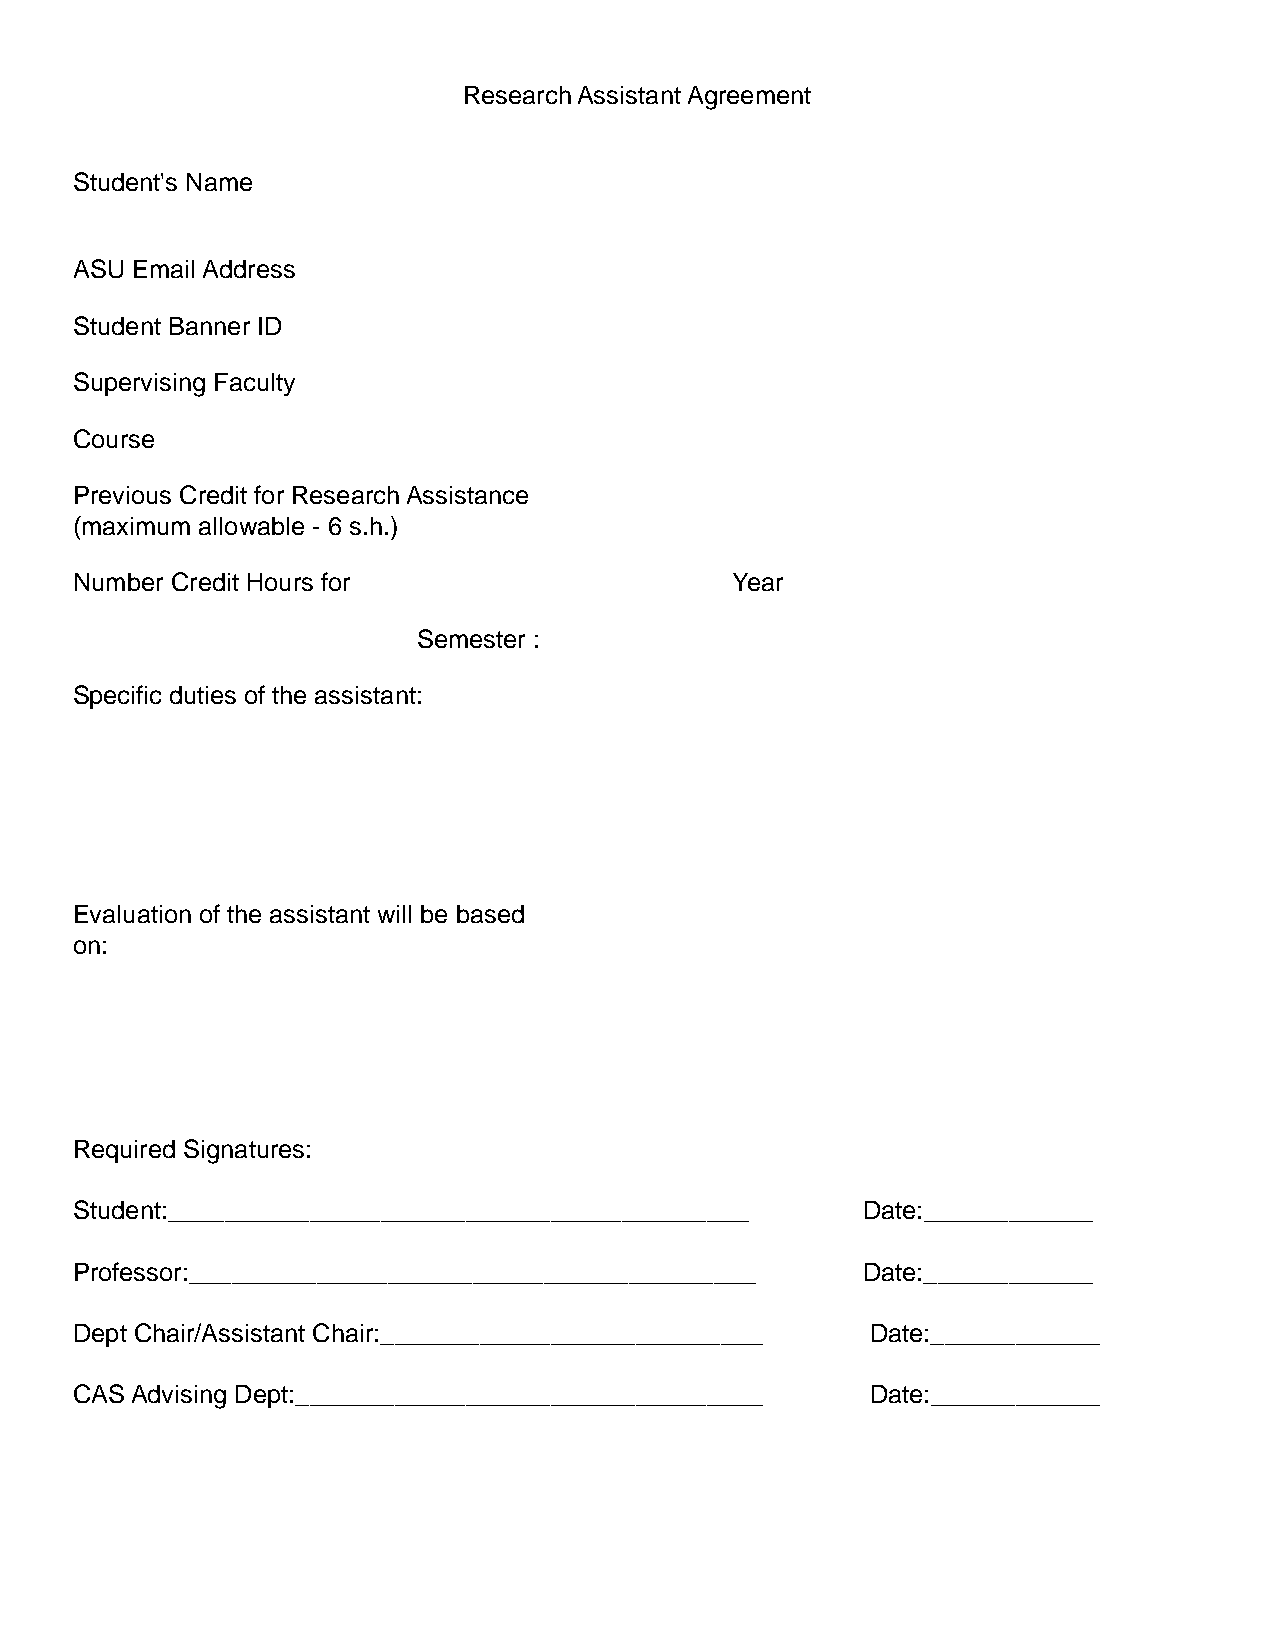
Research Assistant Agreement
 Student's Name
 ASU Email Address
 Student Banner ID
 Supervising Faculty
 Course
 Previous Credit for Research Assistance
 (maximum allowable - 6 s.h.)
 Number Credit Hours for                    Year
 Semester :
 Specific duties of the assistant:
 Evaluation of the assistant will be based
 on:
 Required Signatures:
 Student:_________________________________________   Date:____________
 Professor:________________________________________  Date:____________
 Dept Chair/Assistant Chair:___________________________ Date:____________
 CAS Advising Dept:_________________________________  Date:____________